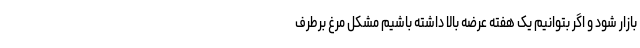
بازار شود و اگر بتوانیم یک هفته عرضه بالا داشته باشیم مشکل مرغ برطرف